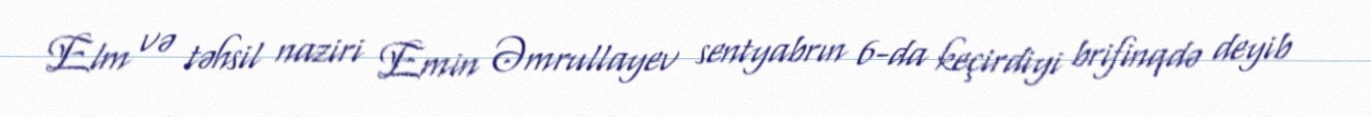
Elm və təhsil naziri Emin Əmrullayev sentyabrın 6-da keçirdiyi brifinqdə deyib